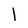
Character: I